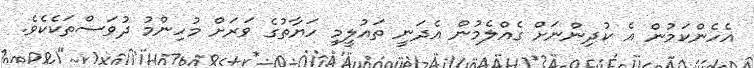
އެހެންކަމުން އެ ކުދިންނަށް ގެއްލެމުން އެދަނީ ތައުލީމީ ހަޔާތުގެ ވަރަށް މުހިންމު ދުވަސްތަކެކެވެ.